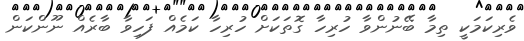
ވެރިކަމަކީ ތިމާ ބޭނުންވާ ހުރިހާ ގޮތަކަށް ހުރިހާ ކަމެއް ފަހިވާ ބާރެއް ނޫންކަން